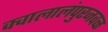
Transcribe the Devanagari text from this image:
क्वालालंपुरजवळ